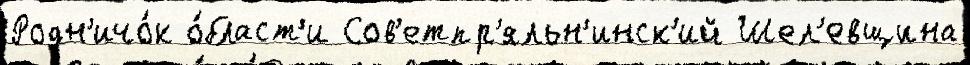
Родн'ичо́к о́бласт'и Сов'етпр'яльн'инск'ий Шел'евщина